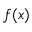
f ( x )